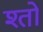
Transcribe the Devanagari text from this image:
श्तो